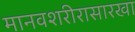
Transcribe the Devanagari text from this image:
मानवशरीरासारखा